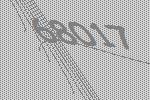
68017